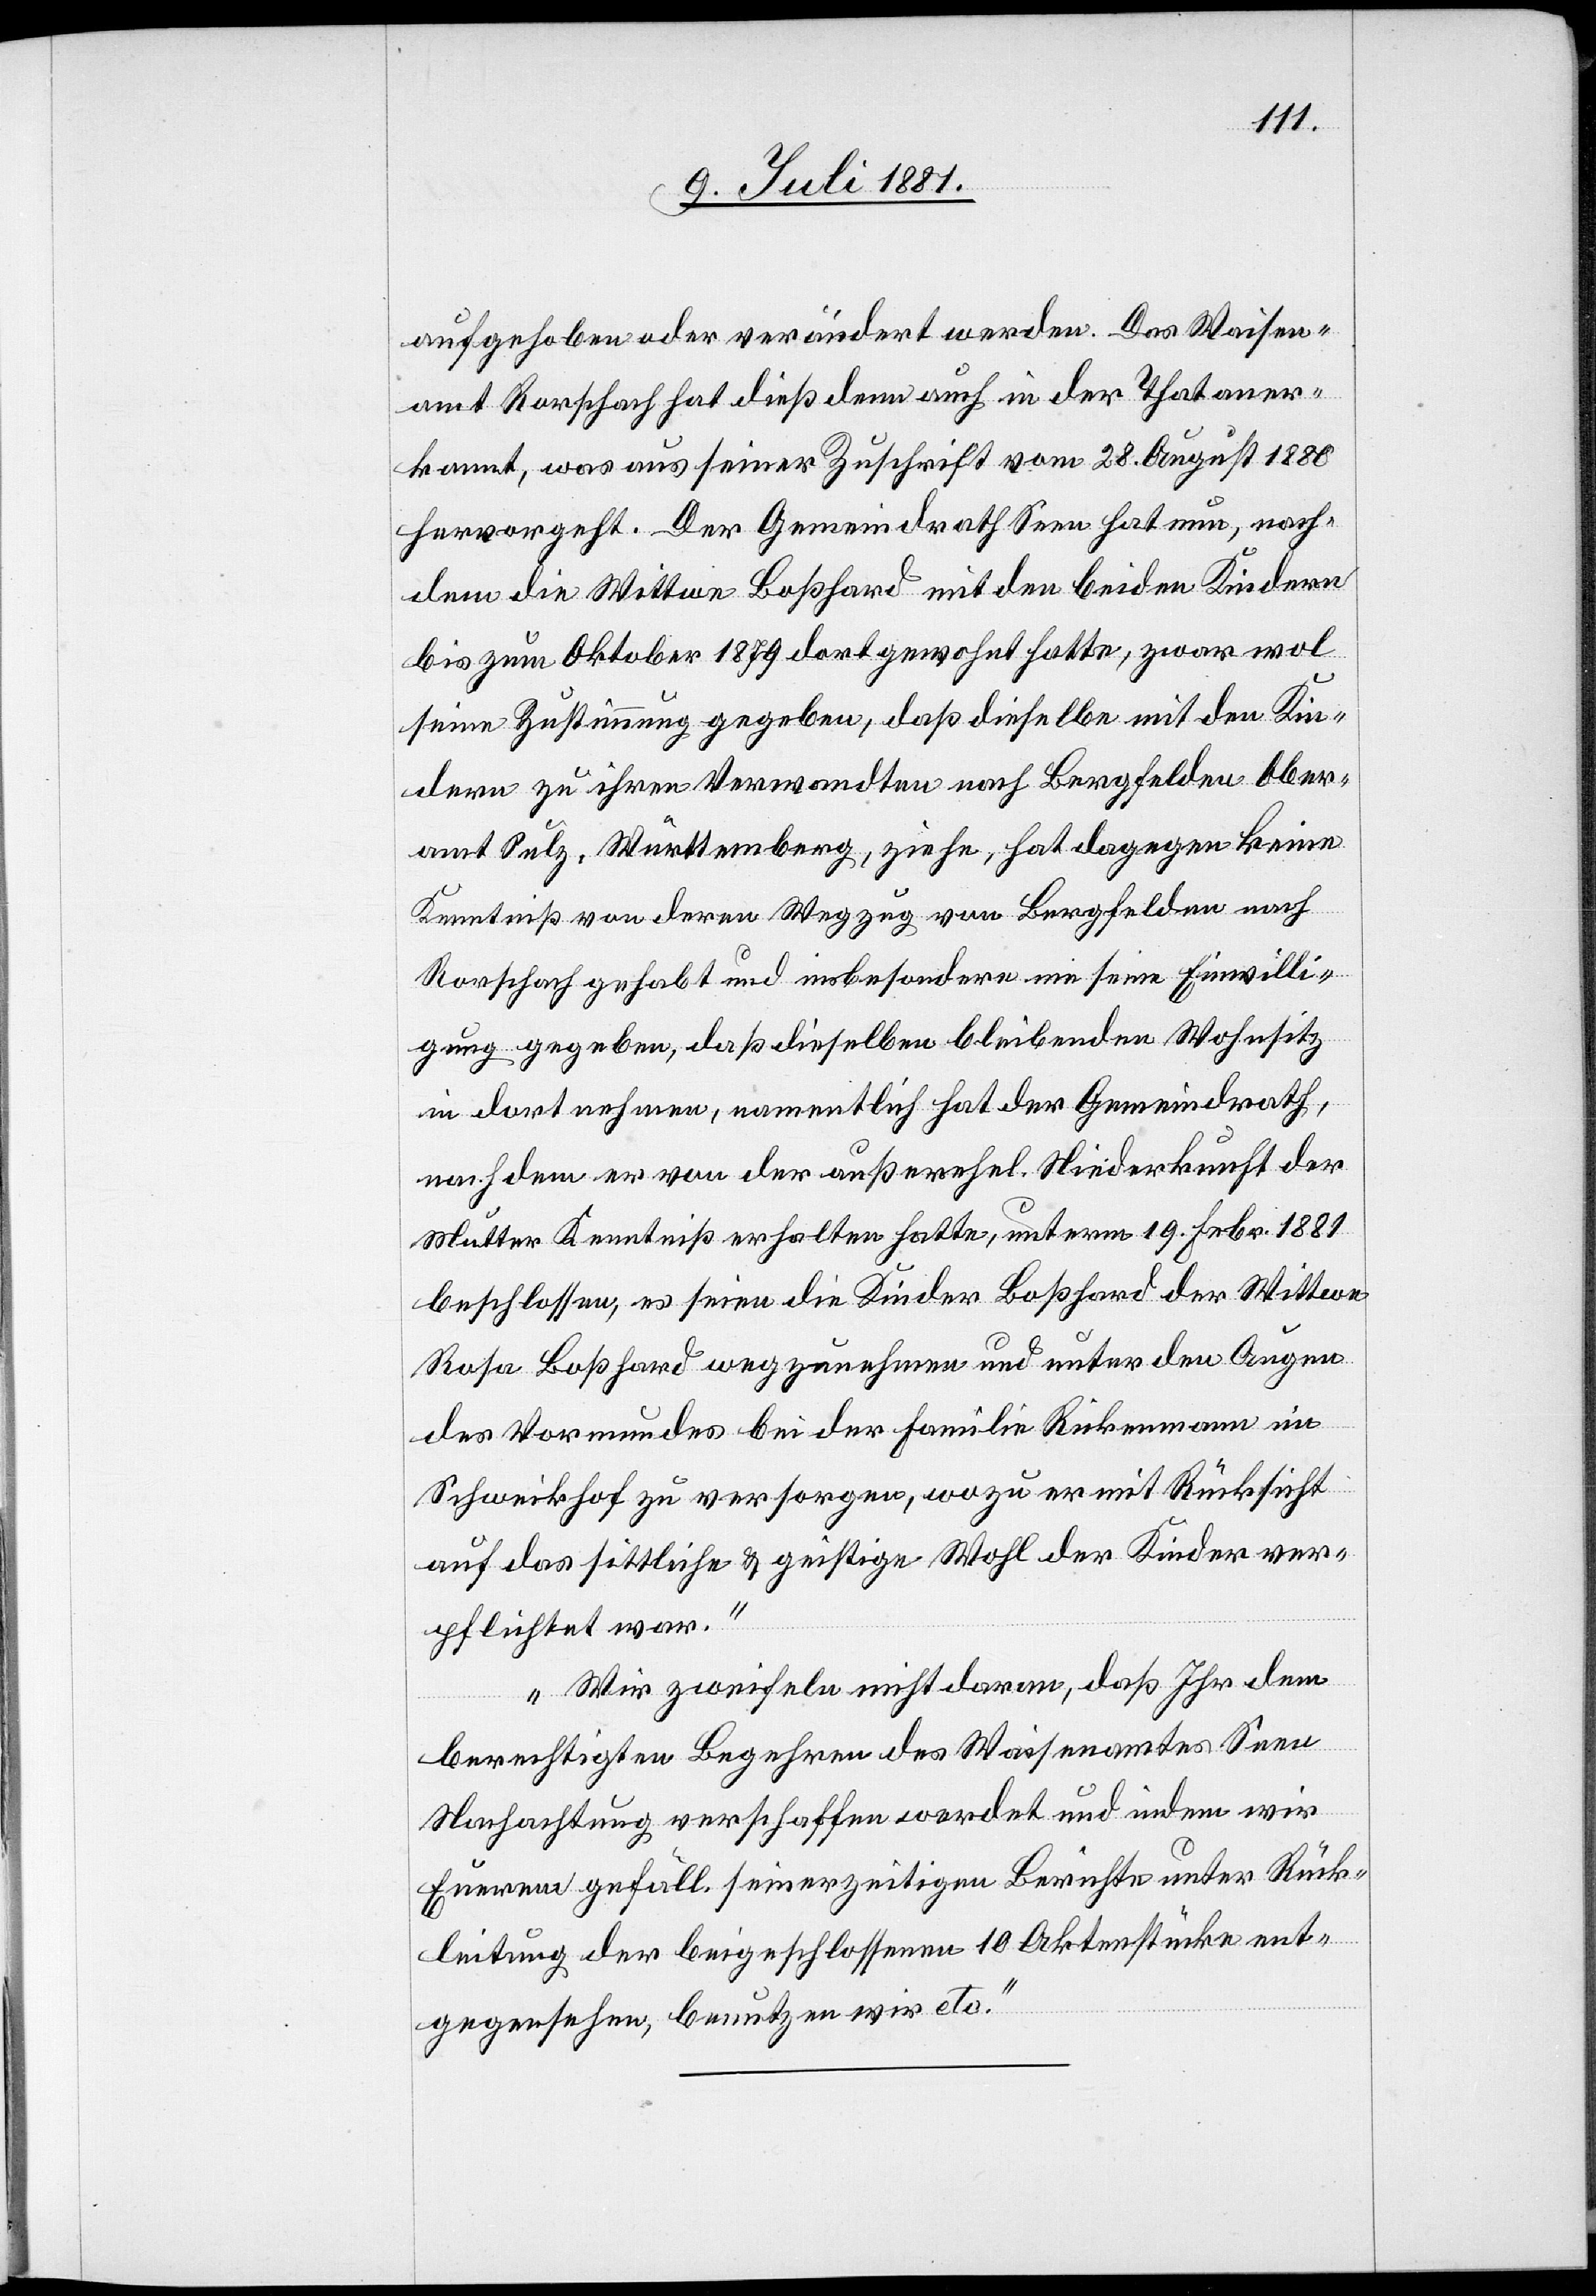
aufgehoben oder verändert werden. Das Waisen¬
amt Rorschach hat dieß denn auch in der That aner¬
kannt, was aus seiner Zuschrift vom 28. August 1880
hervorgeht. Der Gemeindrath Seen hat nun, nach¬
dem die Wittwe Boßhard mit den beiden Kindern
bis zum Oktober 1879 dort gewohnt hatte, zwar wol
seine Zustimmung gegeben, daß dieselbe mit den Kin¬
dern zu ihren Verwandten nach Bergfelden Ober¬
amt Sulz, Württemberg, ziehe, hat dagegen keine
Kenntniß von deren Wegzug von Bergfelden nach
Rorschach gehabt und insbesondere nie seine Einwilli¬
gung gegeben, daß dieselben bleibenden Wohnsitz
in dort nehmen, namentlich hat der Gemeindrath,
nachdem er von der außerehel. Niederkunft der
Mutter Kenntniß erhalten hatte, unterm 19. Febr. 1881
beschlossen, es seien die Kinder Boßhard der Wittwe
Rosa Boßhard wegzunehmen und unter den Augen
des Vormundes bei der Familie Rickenmann in
Schweikhof zu versorgen, wozu er mit Rücksicht
auf das sittliche & geistige Wohl der Kinder ver¬
pflichtet war.
Wir zweifeln nicht daran, daß Ihr dem
berechtigten Begehren des Waisenamtes Seen
Nachachtung verschaffen werdet und indem wir
Euerem gefäll. seinerzeitigen Berichte unter Rück¬
leitung der beigeschlossenen 10 Aktenstücke ent¬
gegensehen, benutzen wir etc.“